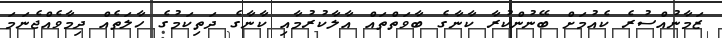
ޒަމާނުއްސުރެ ކެއުމަށް ބޭނުންކުރާ ކާނާގެ ބާވަތްތައް އާލާކުރުމާއި ކާނާގެ ދަތިކަމުގެ ހާލަތެއް ދިމާވެއްޖެނަމަ